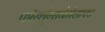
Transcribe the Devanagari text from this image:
फॉरशूंग्सगेमेंशाफ्ट